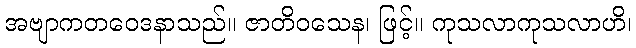
အဗျာကတဝေဒနာသည်။ ဇာတိဝသေန၊ ဖြင့်။ ကုသလာကုသလာဟိ၊